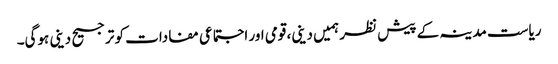
ریاست مدینہ کے پیش نظر ہمیں دینی، قومی اور اجتماعی مفادات کو ترجیح دینی ہوگی۔